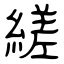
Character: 縒